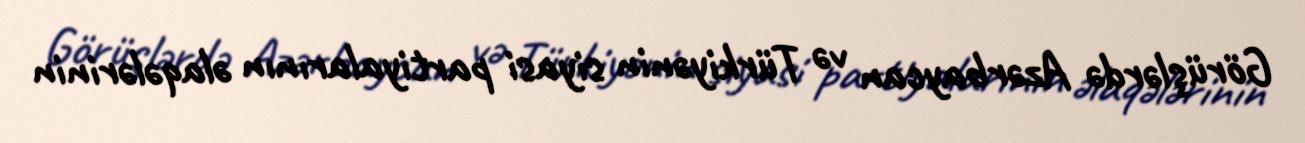
Görüşlərdə Azərbaycan və Türkiyənin siyasi partiyalarının əlaqələrinin